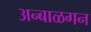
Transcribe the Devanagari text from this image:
अन्बाळगन